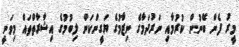
މީރު ފެން ބޭނުން ކުރުމާއި ނަރުދަމާގެ ނިޒާމުގެ ޔަގީންކަން ލިބުމުގެ އިޝާރާތްތައް މިވަނީ